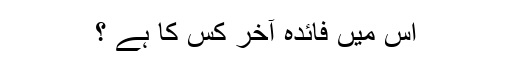
اس میں فائدہ آخر کس کا ہے ؟